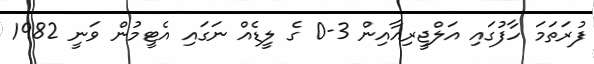
ފުރަތަމަ ހާފުގައި އަލްޖީރިއާއިން 3-0 ގެ ލީޑެއް ނަގައި އެޓީމުން ވަނީ 1982